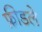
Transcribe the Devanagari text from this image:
फ्रीडले